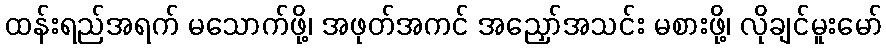
ထန်းရည်အရက် မသောက်ဖို့၊ အဖုတ်အကင် အညှော်အသင်း မစားဖို့၊ လိုချင်မူးမော်